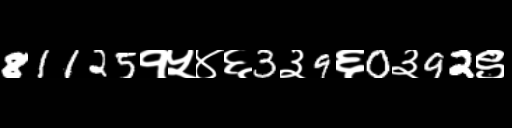
Text: 81125१५४६3३9६0३92९